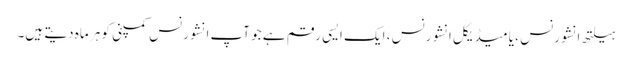
ہیلتھ انشورنس ، یا میڈیکل انشورنس ، ایک ایسی رقم ہے جو آپ انشورنس کمپنی کو ہر ماہ دیتے ہیں۔